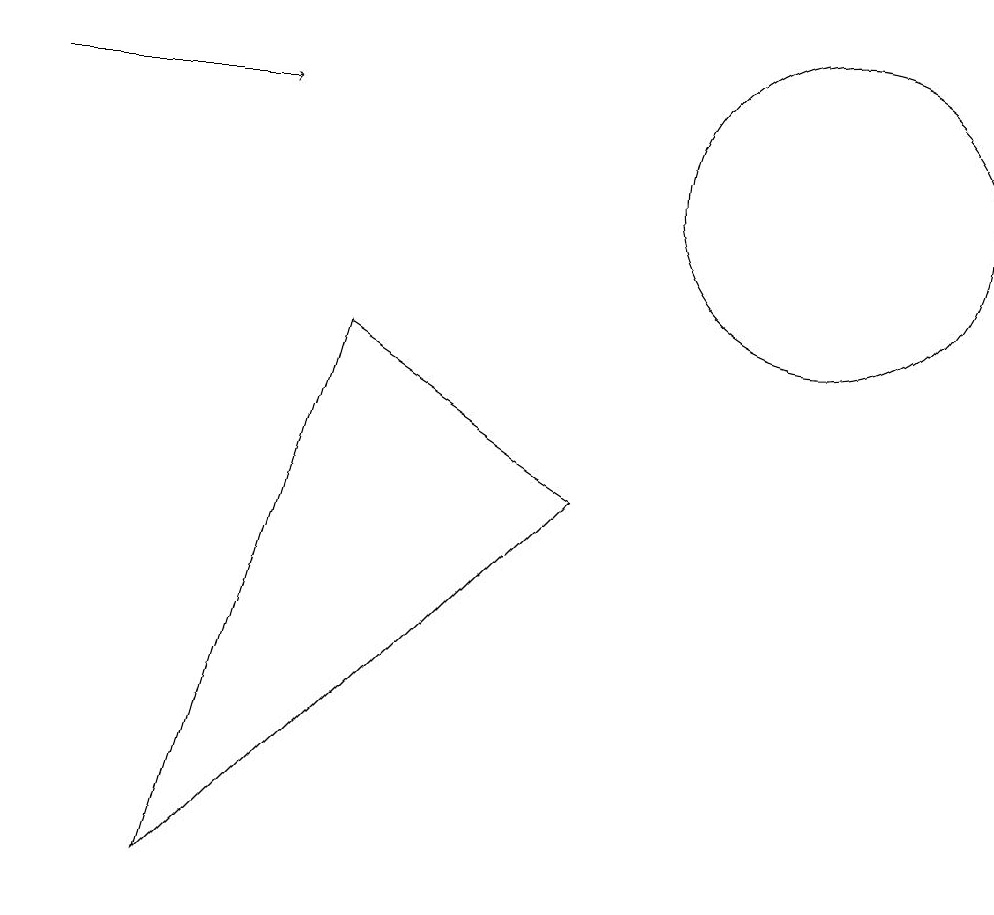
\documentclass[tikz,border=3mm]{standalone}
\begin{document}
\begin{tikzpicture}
\draw (4,9) -- (7,7) -- (2,2) -- cycle;
\draw[->] (0,12) -- (3,12);
\draw (10,11) circle (2);
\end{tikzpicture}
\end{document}